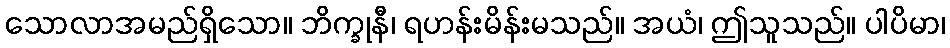
သောလာအမည်ရှိသော။ ဘိက္ခုနီ၊ ရဟန်းမိန်းမသည်။ အယံ၊ ဤသူသည်။ ပါပိမာ၊